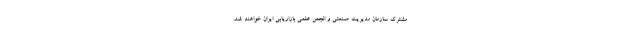
مشترک سازمان مدیریت صنعتی و انجمن علمی بازاریابی ایران خواهند شد.